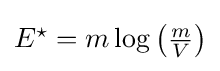
{\textstyle E^{\star }=m\log \left({\frac {m}{V}}\right)}